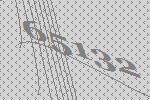
65132